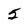
Character: 5